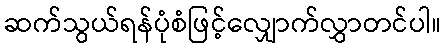
ဆက်သွယ်ရန်ပုံစံဖြင့်လျှောက်လွှာတင်ပါ။